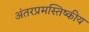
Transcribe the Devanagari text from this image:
अंतरप्रमस्तिष्‍कीय